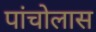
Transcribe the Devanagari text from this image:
पांचोलास